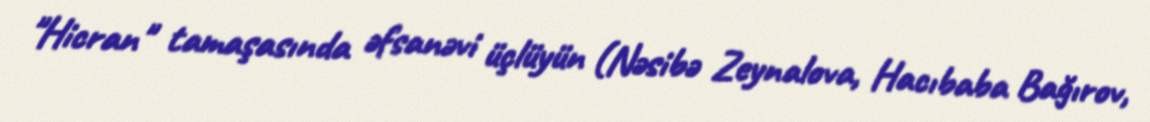
"Hicran" tamaşasında əfsanəvi üçlüyün (Nəsibə Zeynalova, Hacıbaba Bağırov,